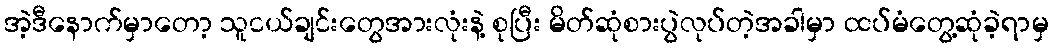
အဲ့ဒီနောက်မှာတော့ သူငယ်ချင်းတွေအားလုံးနဲ့ စုပြီး မိတ်ဆုံစားပွဲလုပ်တဲ့အခါမှာ ထပ်မံတွေ့ဆုံခဲ့ရာမှ